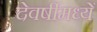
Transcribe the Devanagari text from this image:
देवर्षीमध्यें